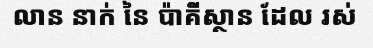
លាន នាក់ នៃ ប៉ាគីស្ថាន ដែល រស់